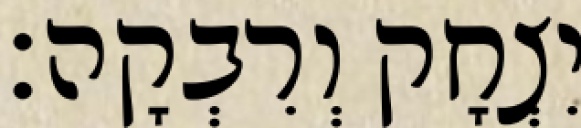
יִצְחָק וְרִבְקָה׃